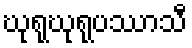
ဃုရုဃုရုပဿာသီ